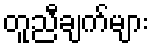
တူညီချက်များ